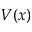
V ( x )